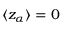
\langle z _ { \alpha } \rangle = 0